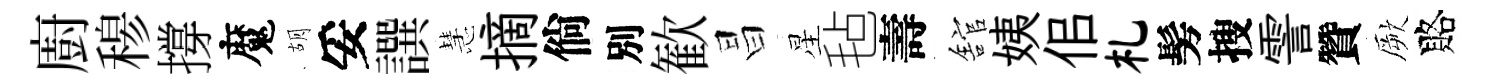
廚𥠇撐魔胡妥譔慧摘倘別歓昌星毡壽舘姨佀札髣搜霅贊厥賂